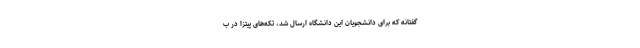
گفتانه که برای دانشجویان این دانشگاه ارسال شد، تکه‌های پیتزا در ب